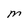
Character: M